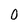
Character: 0